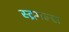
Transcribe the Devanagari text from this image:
स्ट्रगल्स